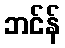
ဘင်န်